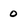
Character: 0